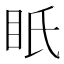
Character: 眂